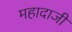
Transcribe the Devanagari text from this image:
महादाजी